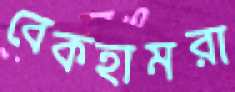
বেকহামরা